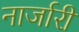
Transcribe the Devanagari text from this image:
नार्जारी